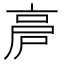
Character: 𠅡